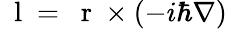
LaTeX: \mathrm{~\mathbf~l~}=\mathrm{~\mathbf~r~}\times(-i\hbar\nabla)